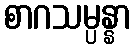
စာဂသမ္ပန္နာ